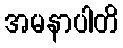
အမနာပါတိ